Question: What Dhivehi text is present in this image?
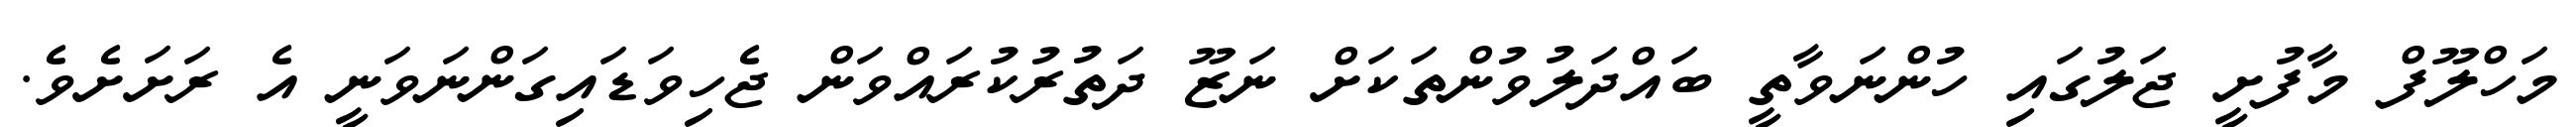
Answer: މަހްލޫފް މާފުށީ ޖަލުގައި ހުންނަވާތީ ބައްދަލުވުންތަކަށް ނަޒޫ ދަތުރުކުރައްވަން ޖެހިވަޑައިގަންނަވަނީ އެ ރަށަށެވެ.